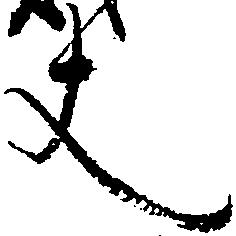
丈